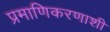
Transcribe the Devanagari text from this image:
प्रमाणिकरणाशी